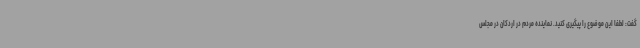
گفت: لطفا این موضوع را پیگیری کنید. نماینده مردم در اردکان در مجلس